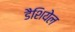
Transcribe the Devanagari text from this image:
डैशियेल